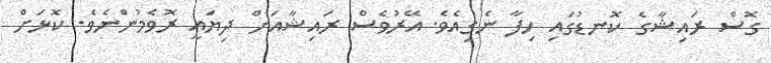
ގޮސް ރައިޝާގެ ކޮނޑުގައި ހިފާ ނެގިއެވެ. އޭރުވެސް ރައިޝާއަށް ދިޔައީ ރޮވެމުންނެވެ. ކޮޅަށް